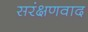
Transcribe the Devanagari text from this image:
सरंक्षणवाद